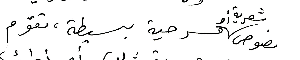
نصوص شعرية أو مسرحية بسيطة، تقوم